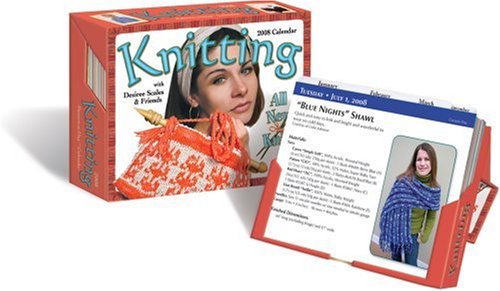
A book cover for Knitting Pattern-a-Day: 2008 Day-to-Day Calendar; Desiree Scales; Calendars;